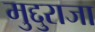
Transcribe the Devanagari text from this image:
मुद्दुराजा